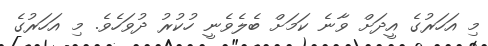
މި އަހަރުގެ އީދަށް ވާނެ ކަމަށް ބެލެވެނީ ހުކުރު ދުވަހެވެ. މި އަހަރުގެ